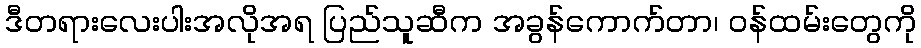
ဒီတရားလေးပါးအလိုအရ ပြည်သူဆီက အခွန်ကောက်တာ၊ ဝန်ထမ်းတွေကို